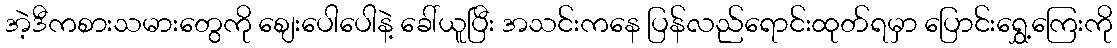
အဲ့ဒီကစားသမားတွေကို စျေးပေါပေါနဲ့ ခေါ်ယူပြီး အသင်းကနေ ပြန်လည်ရောင်းထုတ်ရမှာ ပြောင်းရွှေ့ကြေးကို